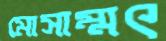
মোসাম্মৎ